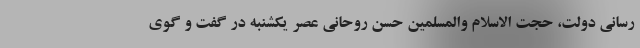
رسانی دولت، حجت الاسلام والمسلمین حسن روحانی عصر یکشنبه در گفت و گوی